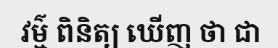
វម៌្ម ពិនិត្យ ឃើញ ថា ជា